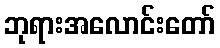
ဘုရားအလောင်းတော်